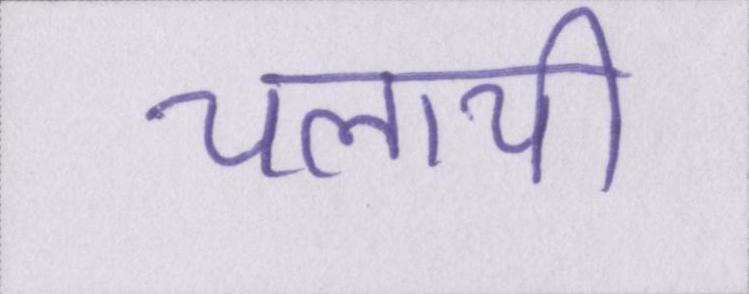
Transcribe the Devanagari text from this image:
चलायी